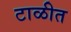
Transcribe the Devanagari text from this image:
टाळीत